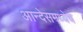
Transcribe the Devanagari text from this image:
आन्देसमध्येच